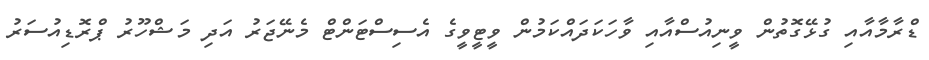
ޑްރާމާއާއި ގުޅޭގޮތުން ވީނިއުސްއާއި ވާހަކަދައްކަމުން ވީޓީވީގެ އެސިސްޓަންޓް މެނޭޖަރު އަދި މަޝްހޫރު ޕްރޮޑިއުސަރު